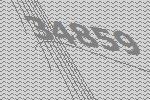
34859